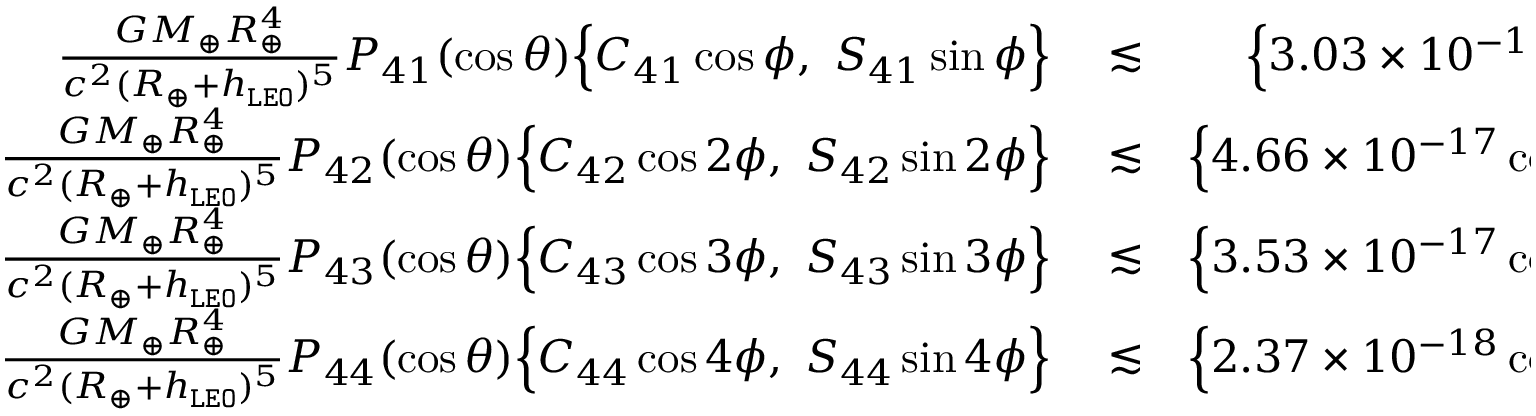
\begin{array} { r l r } { \frac { G M _ { \oplus } R _ { \oplus } ^ { 4 } } { c ^ { 2 } ( R _ { \oplus } + h _ { \tt L E O } ) ^ { 5 } } P _ { 4 1 } ( \cos \theta ) \Big \{ C _ { 4 1 } \cos \phi , ~ S _ { 4 1 } \sin \phi \Big \} } & { { } \lesssim } & { \Big \{ 3 . 0 3 \times 1 0 ^ { - 1 6 } \cos \phi , ~ 2 . 6 7 \times 1 0 ^ { - 1 6 } \sin \phi \Big \} , } \\ { \frac { G M _ { \oplus } R _ { \oplus } ^ { 4 } } { c ^ { 2 } ( R _ { \oplus } + h _ { \tt L E O } ) ^ { 5 } } P _ { 4 2 } ( \cos \theta ) \Big \{ C _ { 4 2 } \cos 2 \phi , ~ S _ { 4 2 } \sin 2 \phi \Big \} } & { { } \lesssim } & { \Big \{ 4 . 6 6 \times 1 0 ^ { - 1 7 } \cos 2 \phi , ~ 8 . 8 2 \times 1 0 ^ { - 1 7 } \sin 2 \phi \Big \} , } \\ { \frac { G M _ { \oplus } R _ { \oplus } ^ { 4 } } { c ^ { 2 } ( R _ { \oplus } + h _ { \tt L E O } ) ^ { 5 } } P _ { 4 3 } ( \cos \theta ) \Big \{ C _ { 4 3 } \cos 3 \phi , ~ S _ { 4 3 } \sin 3 \phi \Big \} } & { { } \lesssim } & { \Big \{ 3 . 5 3 \times 1 0 ^ { - 1 7 } \cos 3 \phi , ~ 7 . 1 6 \times 1 0 ^ { - 1 8 } \sin 3 \phi \Big \} , } \\ { \frac { G M _ { \oplus } R _ { \oplus } ^ { 4 } } { c ^ { 2 } ( R _ { \oplus } + h _ { \tt L E O } ) ^ { 5 } } P _ { 4 4 } ( \cos \theta ) \Big \{ C _ { 4 4 } \cos 4 \phi , ~ S _ { 4 4 } \sin 4 \phi \Big \} } & { { } \lesssim } & { \Big \{ 2 . 3 7 \times 1 0 ^ { - 1 8 } \cos 4 \phi , ~ 3 . 8 8 \times 1 0 ^ { - 1 8 } \sin 4 \phi \Big \} . } \end{array}